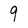
Character: 9